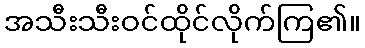
အသီးသီးဝင်ထိုင်လိုက်ကြ၏။